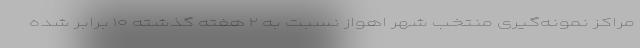
مراکز نمونه‌گیری منتخب شهر اهواز نسبت به ۲ هفته گذشته ۱۰ برابر شده